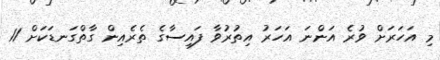
މި އަހަރަށް ވުރެ އަންނަ އަހަރު އިތުރުވާ ފައިސާގެ ތެރެއިން ގާތްގަނޑަކަށް 11